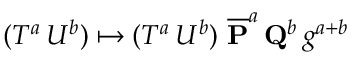
( T ^ { a } \, U ^ { b } ) \mapsto ( T ^ { a } \, U ^ { b } ) \ { \overline { { { { \bf P } } } } } ^ { a } \, { \bf Q } ^ { b } \, g ^ { a + b }